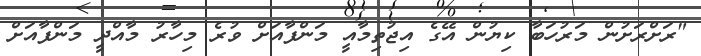
"ރަށްރަށުން މަރުހަބާ ކިޔުން އޭގެ އިޖުތިމާއީ މަންފާއަށް ވުރެ މިހާރު މާއްދީ މަންފާއަށް